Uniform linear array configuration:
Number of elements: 12
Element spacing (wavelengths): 0.5
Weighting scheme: exponential
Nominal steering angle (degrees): -60
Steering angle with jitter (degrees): -60.401
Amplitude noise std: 0.05
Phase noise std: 0.05

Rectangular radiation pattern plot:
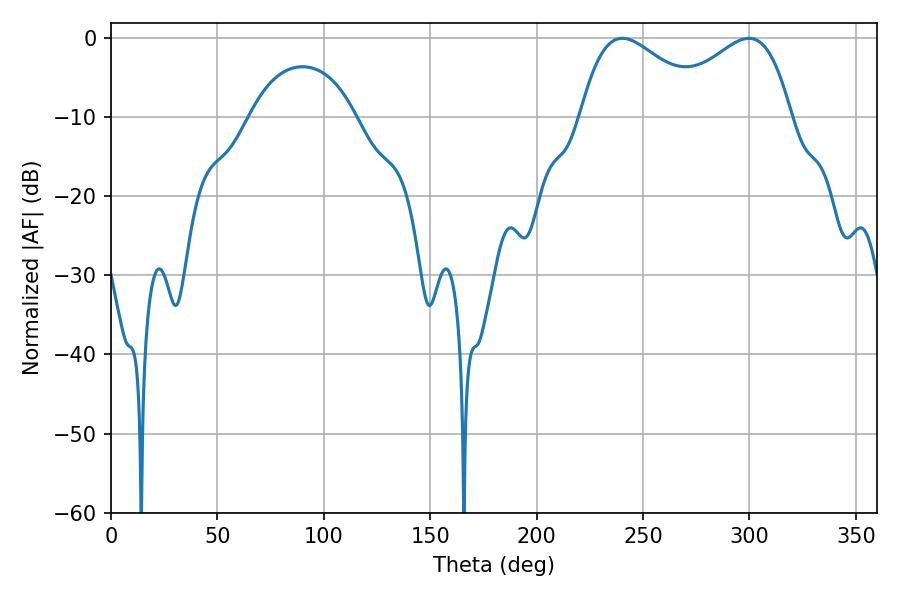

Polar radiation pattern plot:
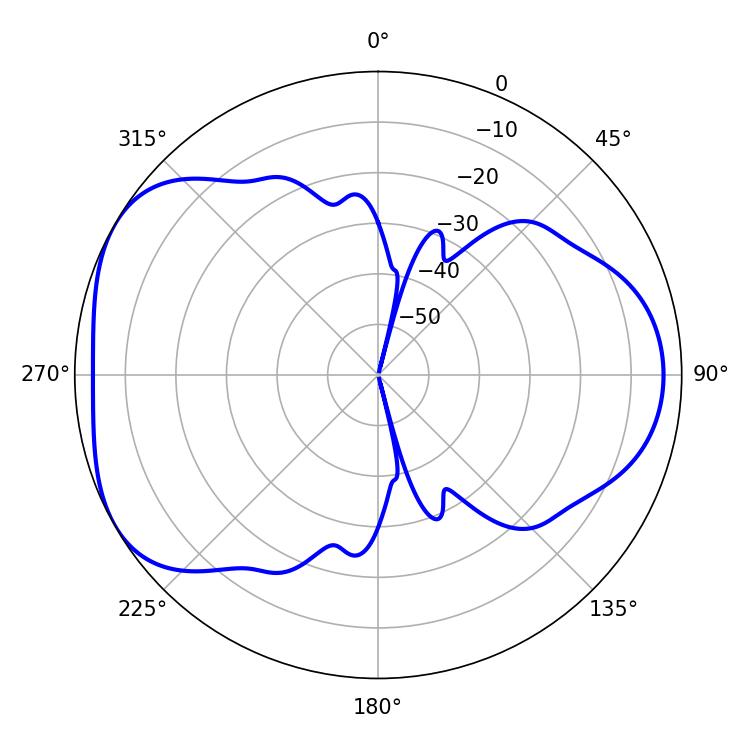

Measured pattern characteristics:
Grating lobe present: FALSE
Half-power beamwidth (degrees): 32.58
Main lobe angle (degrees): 240.3